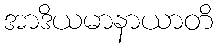
အာဒိယမာနာယာတိ